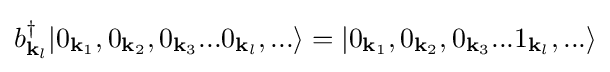
b_{{\mathbf {k} }_{l}}^{\dagger }|0_{{\mathbf {k} }_{1}},0_{{\mathbf {k} }_{2}},0_{{\mathbf {k} }_{3}}...0_{{\mathbf {k} }_{l}},...\rangle =|0_{{\mathbf {k} }_{1}},0_{{\mathbf {k} }_{2}},0_{{\mathbf {k} }_{3}}...1_{{\mathbf {k} }_{l}},...\rangle